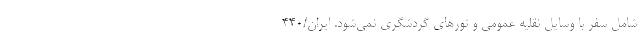
شامل سفر با وسایل نقلیه عمومی و تورهای گردشگری نمی‌شود. ایران/۴۴۰